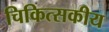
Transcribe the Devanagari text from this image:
चिकित्‍सकीय